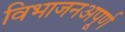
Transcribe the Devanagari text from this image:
विभाजनअपूर्ण